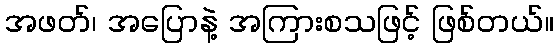
အဖတ်၊ အပြောနဲ့ အကြားစသဖြင့် ဖြစ်တယ်။